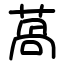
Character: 萵